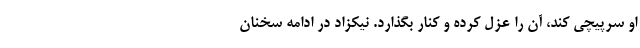
او سرپیچی کند، آن را عزل کرده و کنار بگذارد. نیکزاد در ادامه سخنان